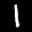
Label: 1